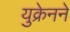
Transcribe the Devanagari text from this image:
युक्रेनने